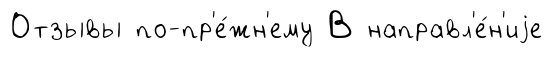
Отзывы по-пр'е́жн'ему В направл'е́н'иjе